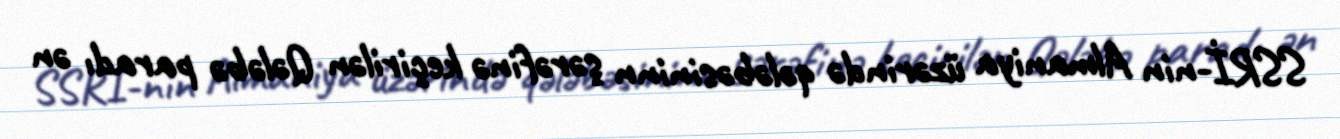
SSRİ-nin Almaniya üzərində qələbəsininn şərəfinə keçirilən Qələbə paradı ən